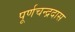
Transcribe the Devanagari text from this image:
पूर्णचन्द्रदास